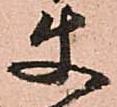
使